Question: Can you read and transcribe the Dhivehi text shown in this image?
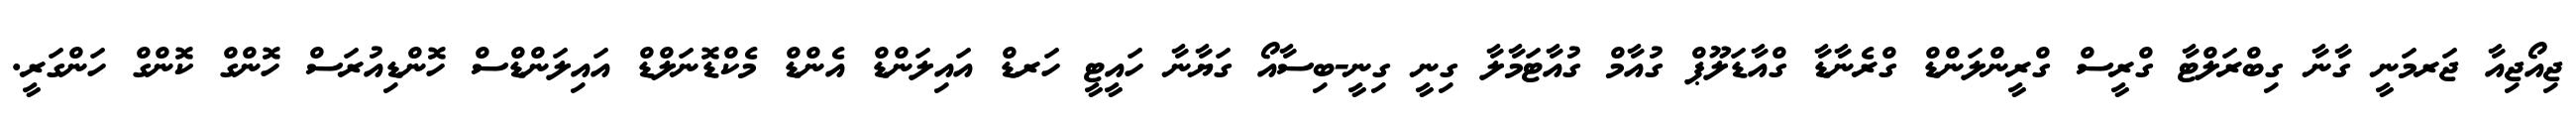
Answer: ޖިއޯޖިއާ ޖަރމަނީ ގާނާ ގިބްރަލްޓާ ގްރީސް ގްރީންލަންޑް ގްރެނާޑާ ގްއާޑަލޫޕް ގުއާމް ގުއާޓަމާލާ ގިނީ ގިނީ-ބިސާއޯ ގަޔާނާ ހައީޓީ ހަރޑް އައިލަންޑް އެންޑް މެކްޑޮނަލްޑް އައިލަންޑްސް ހޮންޑިއުރަސް ހޮންގް ކޮންގް ހަންގަރީ.